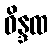
ဝိန္ဒထ